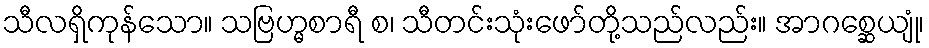
သီလရှိကုန်သော။ သဗြဟ္မစာရီ စ၊ သီတင်းသုံးဖော်တို့သည်လည်း။ အာဂစ္ဆေယျုံ၊